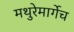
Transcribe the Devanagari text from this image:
मथुरेमार्गेच